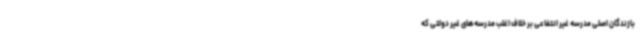
بازندگان اصلی مدرسه غیر انتفاعی بر خلاف اغلب مدرسه‌های غیر دولتی که